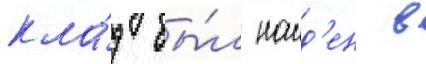
кла́д бы́л наид'ен в